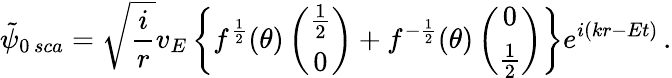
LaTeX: \tilde{\psi}_{0\, sca}=\sqrt{\frac{i}{r}}v_{E}\left\{ f^{\frac{1}{2}}(\theta)\left(\begin{array}{c}{{\frac{1}{2}}}\\ {{0}}\end{array}\right)+f^{-\frac{1}{2}}(\theta)\left(\begin{array}{c}{{0}}\\ {{\frac{1}{2}}}\end{array}\right)\right\} e^{i(kr-Et)}\, .